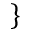
\}